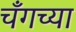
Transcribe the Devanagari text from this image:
चँगच्या